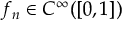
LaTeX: f _ { n } \in C ^ { \infty } ( [ 0 , 1 ] )